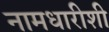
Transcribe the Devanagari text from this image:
नामधारीशी